Vaccination in Bombay 1856-1862 - 1856-1862
Year: 1856
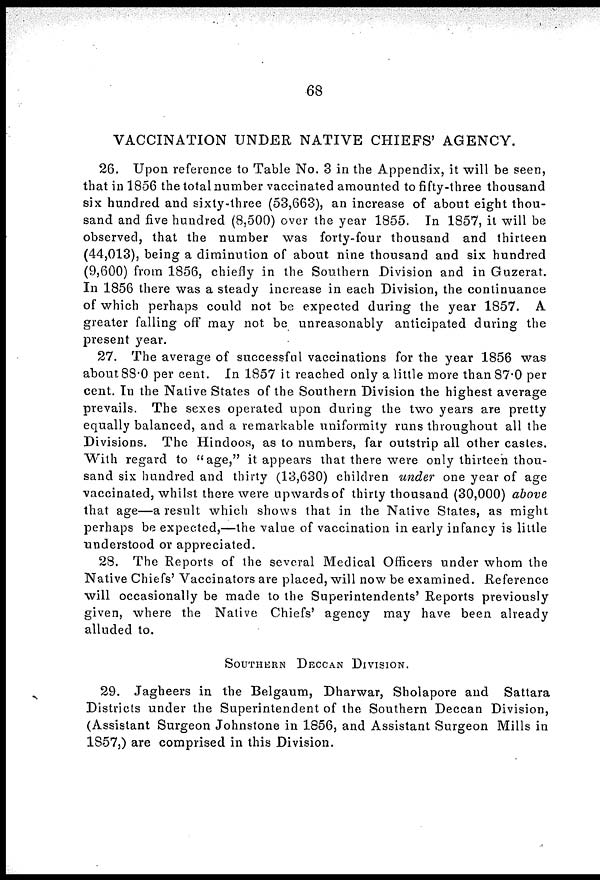
68
VACCINATION UNDER NATIVE CHIEFS' AGENCY.
26. Upon reference to Table No. 3 in the Appendix, it will be seen,
that in 1856 the total number vaccinated amounted to fifty-three thousand
six hundred and sixty-three (53,663), an increase of about eight thou-
sand and five hundred (8,500) over the year 1855. In 1857, it will be
observed, that the number was forty-four thousand and thirteen
(44,013), being a diminution of about nine thousand and six hundred
(9,600) from 1856, chiefly in the Southern Division and in Guzerat.
In 1856 there was a steady increase in each Division, the continuance
of which perhaps could not be expected during the year 1857. A
greater falling off may not. be unreasonably anticipated during the
present year.
27. The average of successful vaccinations for the year 1856 was
about 88.0 per cent. In 1857 it reached only a little more than 87.0 per
cent. In the Native States of the Southern Division the highest average
prevails. The sexes operated upon during the two years are pretty
equally balanced, and a remarkable uniformity runs throughout all the
Divisions. The Hindoos, as to numbers, far outstrip all other castes.
With regard to "age," it appears that there were only thirteen thou-
sand six hundred and thirty (13,630) children under one year of age
vaccinated, whilst there were upwards of thirty thousand (30,000) above
that age—a result which shows that in the Native States, as might
perhaps be expected,—the value of vaccination in early infancy is little
understood or appreciated.
28. The Reports of the several Medical Officers under whom the
Native Chiefs' Vaccinators are placed, will now be examined. Reference
will occasionally be made to the Superintendents' Reports previously
given, where the Native Chiefs' agency may have been already
alluded to.
SOUTHERN DECCAN DIVISION.
29. Jagheers in the Belgaum, Dharwar, Sholapore and Sattara
Districts under the Superintendent of the Southern Deccan Division,
(Assistant Surgeon Johnstone in 1856, and Assistant Surgeon Mills in
1857,) are comprised in this Division.